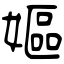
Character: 嫗